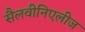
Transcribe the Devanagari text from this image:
सैलवीनिएलीज